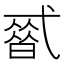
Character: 𰐒